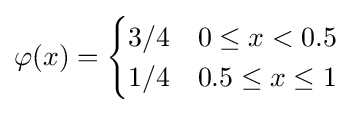
\varphi (x)={\begin{cases}3/4&0\leq x<0.5\\1/4&0.5\leq x\leq 1\end{cases}}